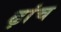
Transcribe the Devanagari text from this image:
ढ़ांच